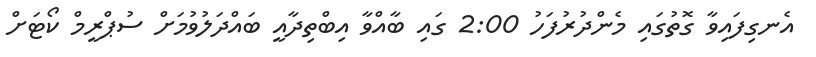
އެނގިފައިވާ ގޮތުގައި މެންދުރުފަހު 2:00 ގައި ބާއްވާ އިބްތިދާއީ ބައްދަލުވުމަށް ސުޕްރީމް ކޯޓަށް